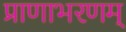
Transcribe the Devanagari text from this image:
प्राणाभरणम्‌